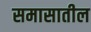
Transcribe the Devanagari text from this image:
समासातील